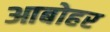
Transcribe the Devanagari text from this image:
आबोहर